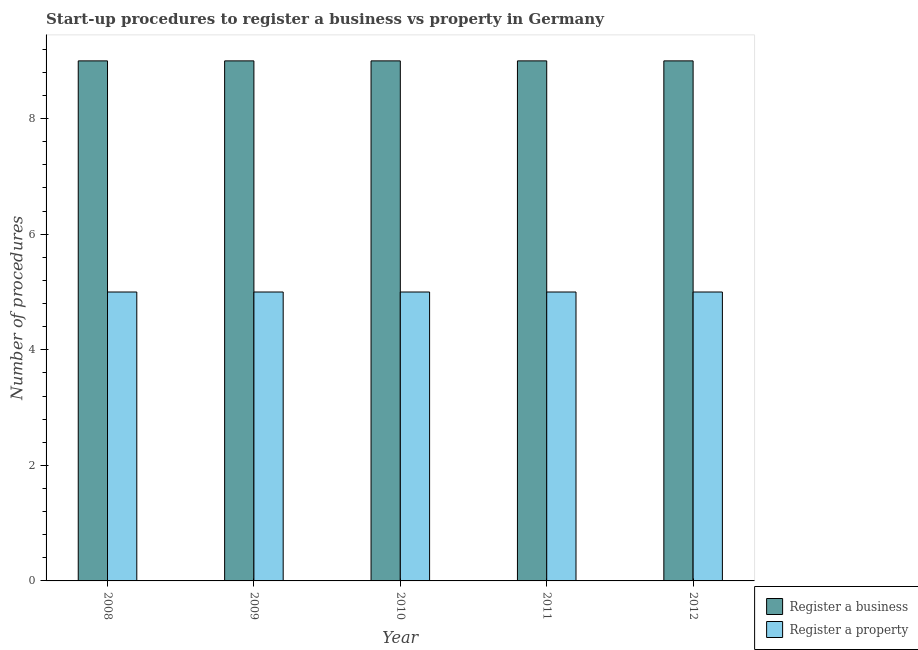
| Year | Register a business | Register a property |
 | --- | --- | --- |
 | 2008 | 9 | 5 |
 | 2009 | 9 | 5 |
 | 2010 | 9 | 5 |
 | 2011 | 9 | 5 |
 | 2012 | 9 | 5 |